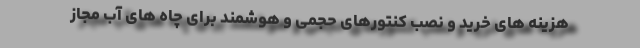
هزینه های خرید و نصب کنتورهای حجمی و هوشمند برای چاه های آب مجاز